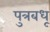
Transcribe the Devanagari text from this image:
पुत्रबधू